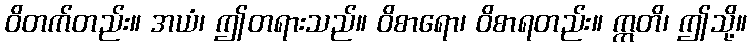
ဝိတက်တည်း။ အယံ၊ ဤတရားသည်။ ဝိစာရော၊ ဝိစာရတည်း။ ဣတိ၊ ဤသို့။